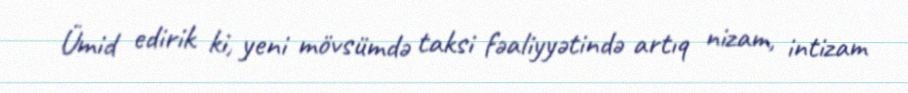
Ümid edirik ki, yeni mövsümdə taksi fəaliyyətində artıq nizam, intizam